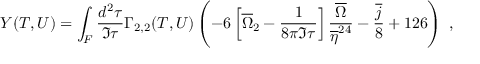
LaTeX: Y ( T , U ) = \int _ { \cal F } \frac { d ^ { 2 } \tau } { \Im \tau } \Gamma _ { 2 , 2 } ( T , U ) \left( - 6 \left[ { \overline { { { \Omega } } } } _ { 2 } ^ { \phantom { 2 } } - \frac { 1 } { 8 \pi \Im \tau } \right] \frac { \overline { { { \Omega } } } } { \overline { { { \eta } } } ^ { 2 4 } } - \frac { \overline { { { j } } } } { 8 } + 1 2 6 \right) \ ,